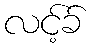
လင့်ခ်